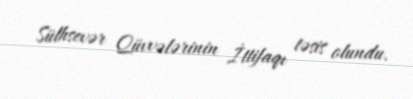
Sülhsevər Qüvvələrinin İttifaqı təsis olundu.